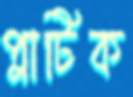
প্লাটিক